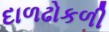
દાળઢોકળી